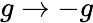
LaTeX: g\to-g